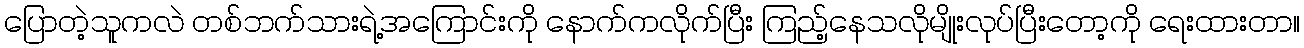
ပြောတဲ့သူကလဲ တစ်ဘက်သားရဲ့အကြောင်းကို နောက်ကလိုက်ပြီး ကြည့်နေသလိုမျိုးလုပ်ပြီးတော့ကို ရေးထားတာ။